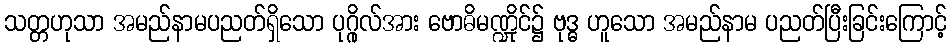
သတ္တဟုသာ အမည်နာမပညတ်ရှိသော ပုဂ္ဂိုလ်အား ဗောဓိမဏ္ဍိုင်၌ ဗုဒ္ဓ ဟူသော အမည်နာမ ပညတ်ပြီးခြင်းကြောင့်